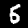
Digit: 5